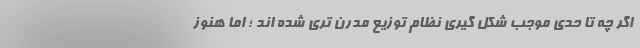
اگر چه تا حدی موجب شکل گیری نظام توزیع مدرن تری شده اند ؛ اما هنوز